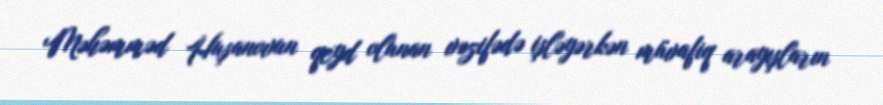
Məhəmməd Huşanovun qeyd olunan vəzifədə işləyərkən müvafiq arayışların